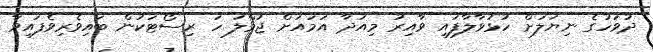
ދުވަހުގެ ނިޔަލަށް ހުޅުވާލާފައި ވާއިރު މިއަދާ އަމައަށް ޖުމްލަ ހަ ރިސޯޓަކުން ބައިވެރިވެފައިވާ